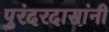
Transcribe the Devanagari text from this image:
पुरंदरदासांनी